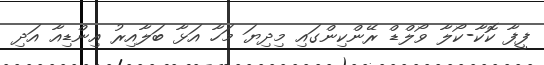
ފީފާ ކޮކާ-ކޯލާ ވޯލްޑް ރޭންކިންގައި މިދިޔަ މަހާ އަޅާ ބަލާއިރު އިންޑިއާ އަދި